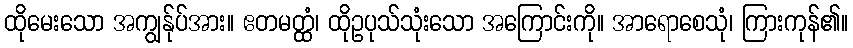
ထိုမေးသော အကျွန်ုပ်အား။ ဧတမတ္ထံ၊ ထိုဥပုသ်သုံးသော အကြောင်းကို။ အာရောစေသုံ၊ ကြားကုန်၏။